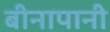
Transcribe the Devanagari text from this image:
बीनापानी